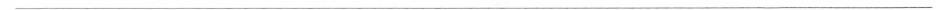
___